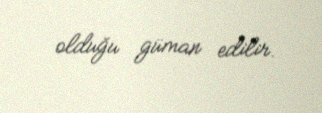
olduğu güman edilir.